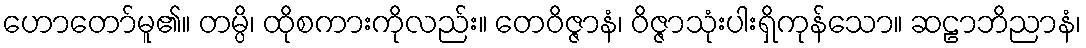
ဟောတော်မူ၏။ တမ္ပိ၊ ထိုစကားကိုလည်း။ တေဝိဇ္ဇာနံ၊ ဝိဇ္ဇာသုံးပါးရှိကုန်သော။ ဆဠာဘိညာနံ၊